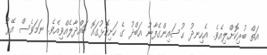
އަތް ބުރިކޮށްލިއެވެ. އެހިނދު ޙުސައިންގެފާނު އަބްދު ގެ ހަށިކޮޅުގައޮ ބައްދާލެއްވިއެވެ. ނަމަވެސް އޭރު